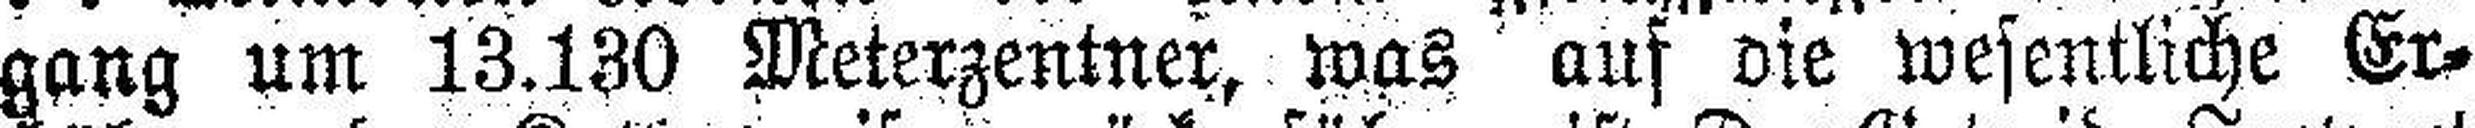
gang um 13.130 Meterzentner, was auf vie wesentliche Er¬